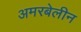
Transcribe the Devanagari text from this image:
अमरबेलीन